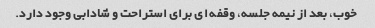
خوب، بعد از نیمه جلسه، وقفه ای برای استراحت و شادابی وجود دارد.